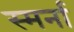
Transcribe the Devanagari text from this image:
स्मर्ना